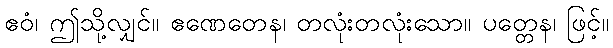
ဧဝံ၊ ဤသို့လျှင်။ ဧဏေတေန၊ တလုံးတလုံးသော။ ပတ္တေန၊ ဖြင့်။